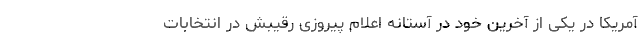
آمریکا در یکی از آخرین خود در آستانه اعلام پیروزی رقیبش در انتخابات